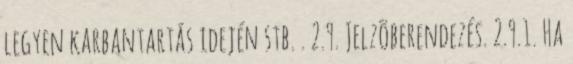
legyen karbantartás idején stb. . 2.9. Jelzõberendezés. 2.9.1. Ha